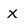
Character: x